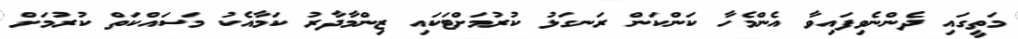
މަތީގައި ދެންނެވިފައިވާ އެންމެހާ ކަންކަން ރަނގަޅު ކުރުމަށްޓަކައި ޒިންމާދާރު ކަމާއެކު މަސައްކަތް ކުރުމަށް